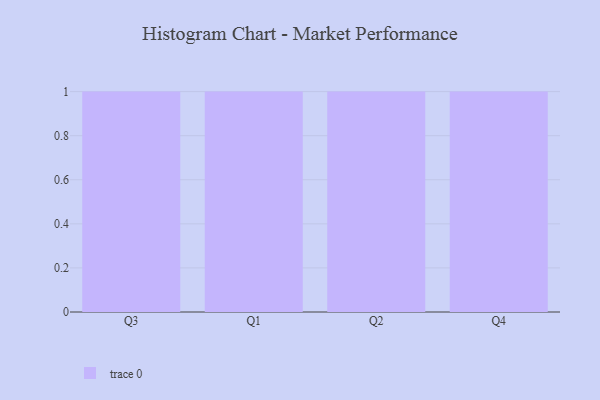
{"axis": {"x": "Quarter", "y": "Active Users"}, "legend": [""], "data": [{"x": "Q3", "y": 74, "type": ""}, {"x": "Q1", "y": 34, "type": ""}, {"x": "Q2", "y": 53, "type": ""}, {"x": "Q4", "y": 19, "type": ""}]}